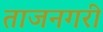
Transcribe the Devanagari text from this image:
ताजनगरी